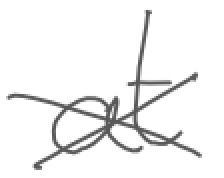
Text: at
Cross-out: cross
Writing tool: digital_gray